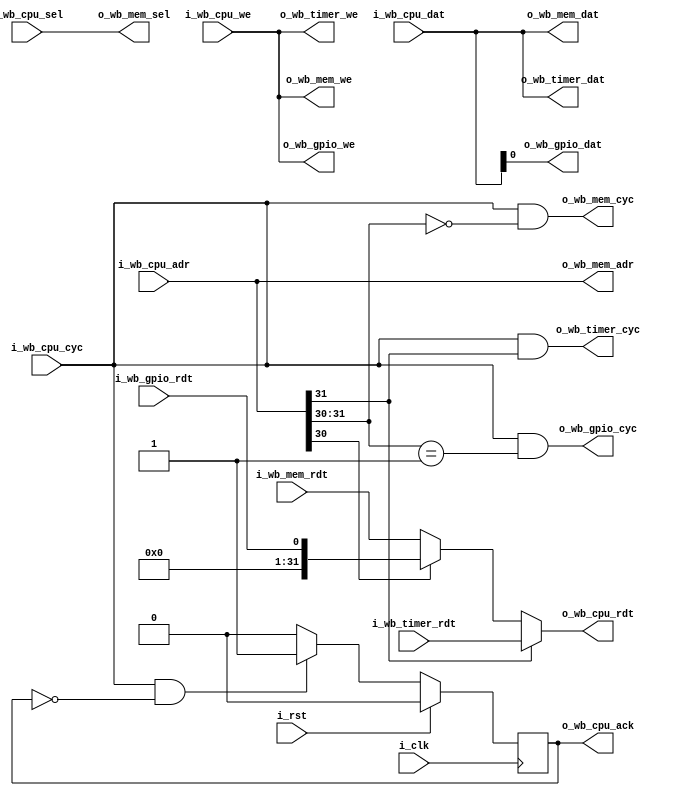
/*
 mem = 00
 gpio = 01
 timer = 10
 testcon = 11
 */
module servant_mux
  (
   input wire 	      i_clk,
   input wire 	      i_rst,
   input wire [31:0]  i_wb_cpu_adr,
   input wire [31:0]  i_wb_cpu_dat,
   input wire [3:0]   i_wb_cpu_sel,
   input wire 	      i_wb_cpu_we,
   input wire 	      i_wb_cpu_cyc,
   output wire [31:0] o_wb_cpu_rdt,
   output reg 	      o_wb_cpu_ack,

   output wire [31:0] o_wb_mem_adr,
   output wire [31:0] o_wb_mem_dat,
   output wire [3:0]  o_wb_mem_sel,
   output wire 	      o_wb_mem_we,
   output wire 	      o_wb_mem_cyc,
   input wire [31:0]  i_wb_mem_rdt,

   output wire 	      o_wb_gpio_dat,
   output wire 	      o_wb_gpio_we,
   output wire 	      o_wb_gpio_cyc,
   input wire 	      i_wb_gpio_rdt,

   output wire [31:0] o_wb_timer_dat,
   output wire 	      o_wb_timer_we,
   output wire 	      o_wb_timer_cyc,
   input wire [31:0]  i_wb_timer_rdt);

   parameter sim = 0;

   wire [1:0] 	  s = i_wb_cpu_adr[31:30];

   assign o_wb_cpu_rdt = s[1] ? i_wb_timer_rdt :
			 s[0] ? {31'd0,i_wb_gpio_rdt} : i_wb_mem_rdt;
   always @(posedge i_clk) begin
      o_wb_cpu_ack <= 1'b0;
      if (i_wb_cpu_cyc & !o_wb_cpu_ack)
	o_wb_cpu_ack <= 1'b1;
      if (i_rst)
	o_wb_cpu_ack <= 1'b0;
   end

   assign o_wb_mem_adr = i_wb_cpu_adr;
   assign o_wb_mem_dat = i_wb_cpu_dat;
   assign o_wb_mem_sel = i_wb_cpu_sel;
   assign o_wb_mem_we  = i_wb_cpu_we;
   assign o_wb_mem_cyc = i_wb_cpu_cyc & (s == 2'b00);

   assign o_wb_gpio_dat = i_wb_cpu_dat[0];
   assign o_wb_gpio_we  = i_wb_cpu_we;
   assign o_wb_gpio_cyc = i_wb_cpu_cyc & (s == 2'b01);

   assign o_wb_timer_dat = i_wb_cpu_dat;
   assign o_wb_timer_we  = i_wb_cpu_we;
   assign o_wb_timer_cyc = i_wb_cpu_cyc & s[1];

   generate
      if (sim) begin
	 wire sig_en = (i_wb_cpu_adr[31:28] == 4'h8) & i_wb_cpu_cyc & o_wb_cpu_ack;
	 wire halt_en = (i_wb_cpu_adr[31:28] == 4'h9) & i_wb_cpu_cyc & o_wb_cpu_ack;

	 reg [1023:0] signature_file;
	 integer      f = 0;

	 initial
       /* verilator lint_off WIDTH */
	   if ($value$plusargs("signature=%s", signature_file)) begin
	      $display("Writing signature to %0s", signature_file);
	      f = $fopen(signature_file, "w");
	   end
       /* verilator lint_on WIDTH */

	 always @(posedge i_clk)
	    if (sig_en & (f != 0))
	      $fwrite(f, "%c", i_wb_cpu_dat[7:0]);
	    else if(halt_en) begin
	       $display("Test complete");
	       $finish;
	    end
      end
   endgenerate
endmodule